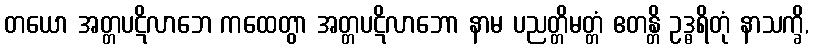
တယော အတ္တပဋိလာဘေ ကထေတွာ အတ္တပဋိလာဘော နာမ ပညတ္တိမတ္တံ ဧတန္တိ ဥဒ္ဓရိတုံ နာသက္ခိ,